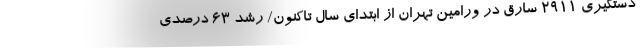
دستگیری 2911 سارق در ورامین تهران از ابتدای سال تاکنون/ رشد 63 درصدی